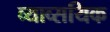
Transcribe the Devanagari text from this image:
व्याव्सयिक